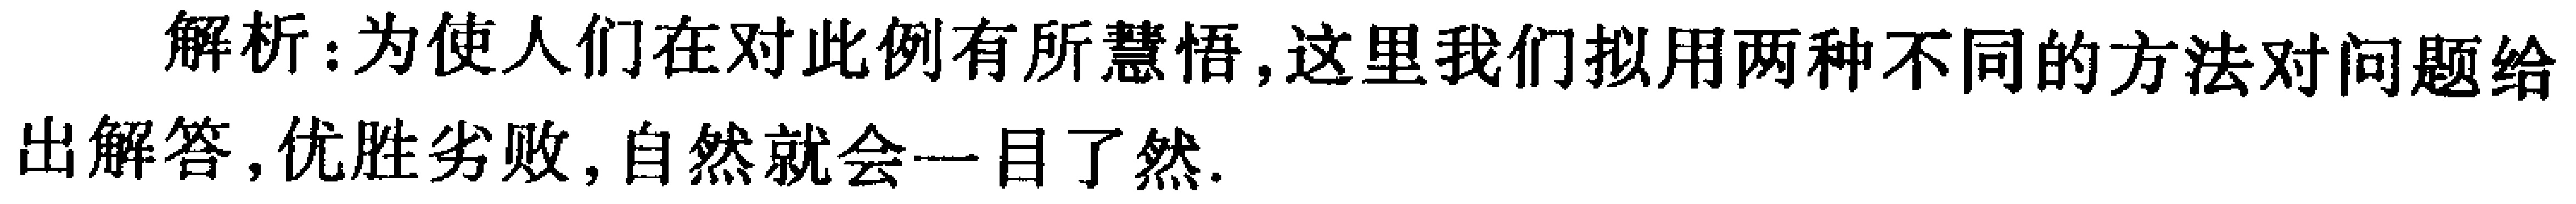
解析：为使人们在对此例有所慧悟,这里我们拟用两种不同的方法对问题给出解答,优胜劣败,自然就会一目了然.